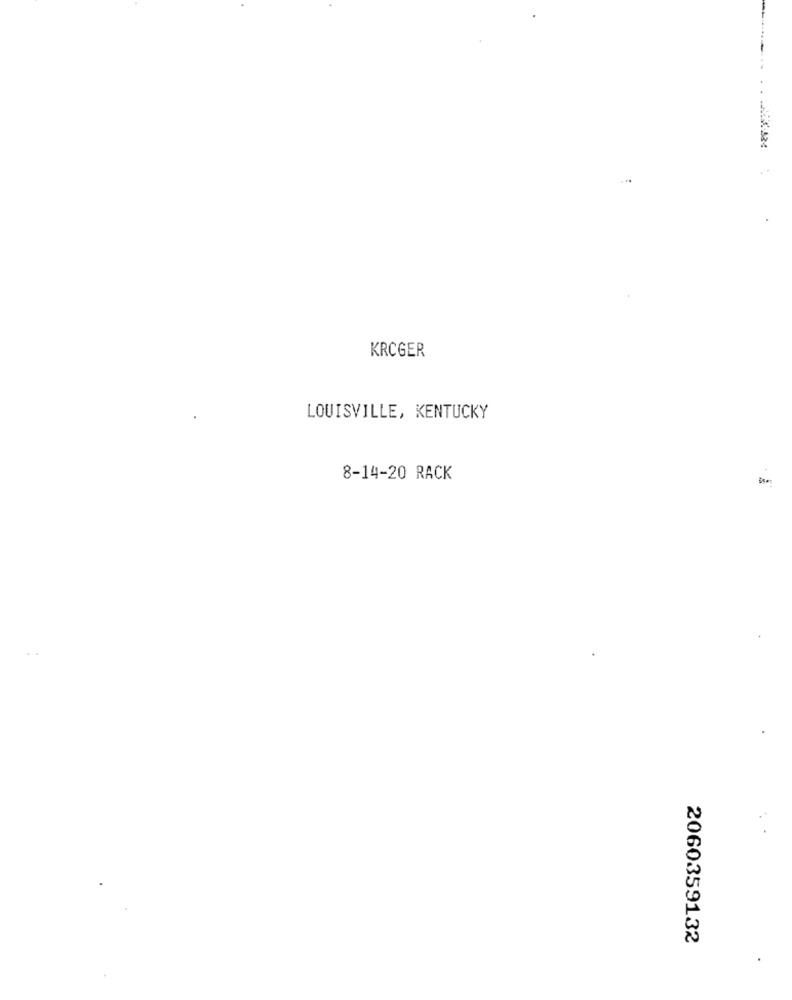
. . ... 24
KRCGER
LOUISVILLE, KENTUCKY
8-14-20 RACK
2060359132